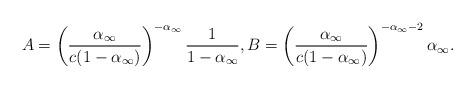
LaTeX: \begin{align*}A=\left(\frac{{\alpha_\infty}}{c(1-{\alpha_\infty})}\right)^{-\alpha_\infty}\frac{1}{1-\alpha_\infty}, B=\left(\frac{\alpha_\infty}{c(1-\alpha_\infty)}\right)^{-\alpha_\infty-2}\alpha_\infty.\end{align*}